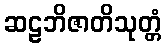
ဆဠဘိဇာတိသုတ္တံ